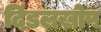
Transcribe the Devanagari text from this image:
दिंडलखोप